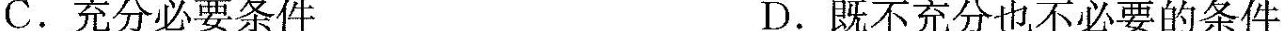
C.充分必要条件 D.既不充分也不必要的条件